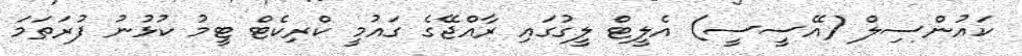
ކައުންސިލް (އޭސީސީ) އެލީޓް ލީގުގައި ރާއްޖޭގެ ގައުމީ ކްރިކެޓް ޓީމު ކުޅުނު ފުރަތަމަ